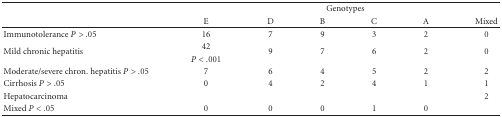
<table><thead><tr><td></td><td colspan="6"><b>Genotypes</b></td></tr><tr><td></td><td><b>E</b></td><td><b>D</b></td><td><b>B</b></td><td><b>C</b></td><td><b>A</b></td><td><b>Mixed</b></td></tr></thead><tbody><tr><td>Immunotolerance <i>P</i> &gt; .05</td><td>16</td><td>7</td><td>9</td><td>3</td><td>2</td><td>0</td></tr><tr><td rowspan="2">Mild chronic hepatitis</td><td>42</td><td rowspan="2">9</td><td rowspan="2">7</td><td rowspan="2">6</td><td rowspan="2">2</td><td rowspan="2">0</td></tr><tr><td><i>P</i> &lt; .001</td></tr><tr><td>Moderate/severe chron. hepatitis <i>P</i> &gt; .05</td><td>7</td><td>6</td><td>4</td><td>5</td><td>2</td><td>2</td></tr><tr><td>Cirrhosis <i>P</i> &gt; .05</td><td>0</td><td>4</td><td>2</td><td>4</td><td>1</td><td>1</td></tr><tr><td>Hepatocarcinoma</td><td></td><td></td><td></td><td></td><td></td><td>2</td></tr><tr><td>Mixed <i>P</i> &lt; .05</td><td>0</td><td>0</td><td>0</td><td>1</td><td>0</td><td></td></tr></tbody></table>